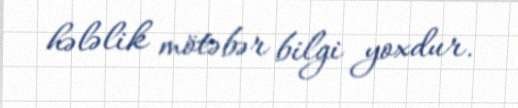
hələlik mötəbər bilgi yoxdur.